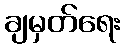
ချမှတ်ရေး